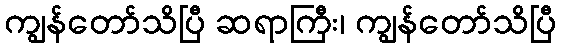
ကျွန်တော်သိပြီ ဆရာကြီး၊ ကျွန်တော်သိပြီ